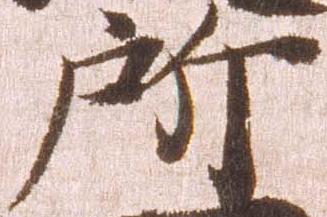
所